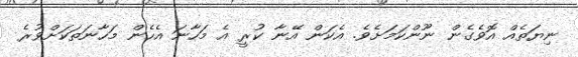
ނިޔަތެއް އޮވެގެން ނޫންކަމަށެވެ. އެކަން އޭނާ ކުރީ އެ މަހާނަ އެހެން މަހާނަތަކަށްވުރެ